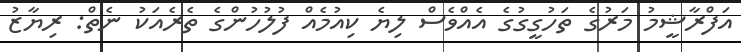
އަފްރާޝީމު މަރުގެ ތަހުގީގުގެ އެއްވެސް ލިޔެ ކިއުމެއް ފުލުހުންގެ ތެރެއަކު ނެތް: ރިޔާޒު